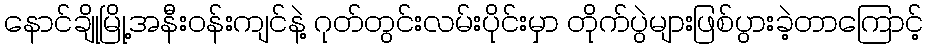
နောင်ချိုမြို့အနီးဝန်းကျင်နဲ့ ဂုတ်တွင်းလမ်းပိုင်းမှာ တိုက်ပွဲများဖြစ်ပွားခဲ့တာကြောင့်